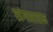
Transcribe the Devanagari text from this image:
खंगाराराम